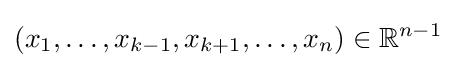
(x_{1},\ldots ,x_{k-1},x_{k+1},\ldots ,x_{n})\in \mathbb {R} ^{n-1}